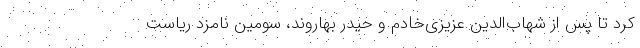
کرد تا پس از شهاب‌الدین عزیزی‌خادم و حیدر بهاروند، سومین نامزد ریاست